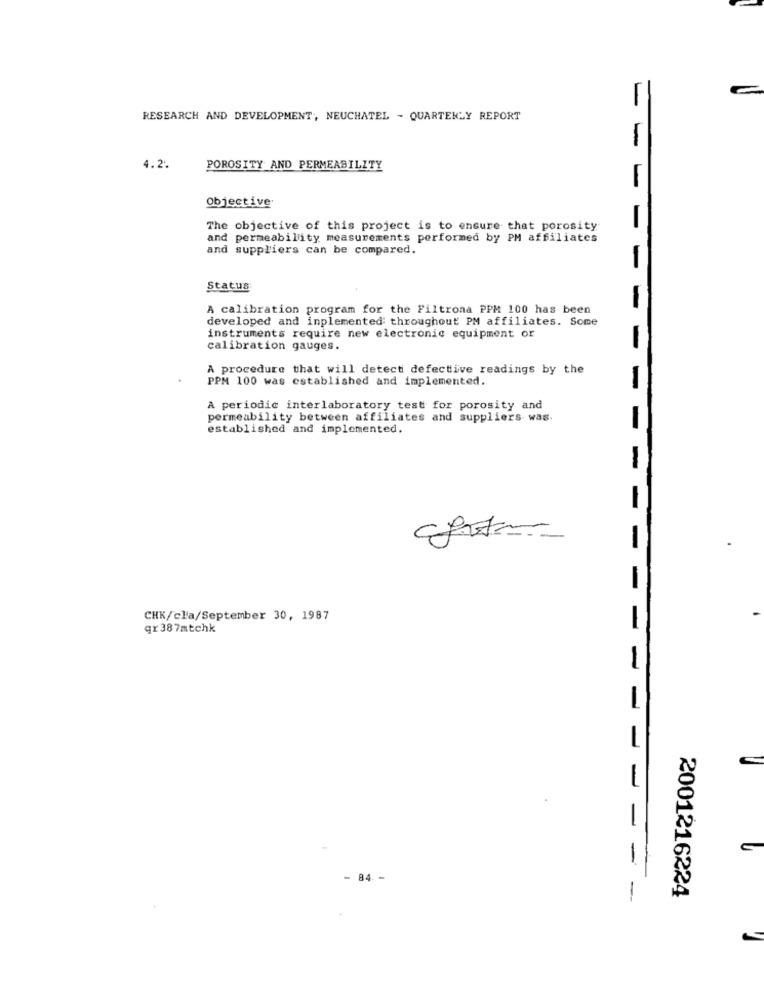
RESEARCH AND DEVELOPMENT, NEUCHATEL - QUARTERLY REPORT
--
4.2.
POROSITY AND PERMEABILITY
-
Objective
The objective of this project is to ensure that porosity
-
and permeability measurements performed by PM affiliates
and suppliers can be compared.
Status
A calibration program for the Filtrona PPM 100 has been
-
developed and inplemented throughout PM affiliates. Some
instruments require new electronic equipment or
calibration gauges.
-
A procedure that will detect defective readings by the
PPM 100 was established and implemented.
-
A periodic interlaboratory test for porosity and
permeability between affiliates and suppliers was
-
established and implemented.
-
CHK/cla/September 30, 1987
qr 387mtchk
-
-
-
- 84 -
-
2001216224